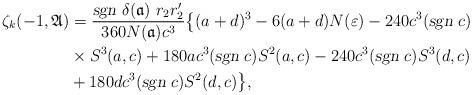
LaTeX: \begin{align*}\zeta_k(-1, \mathfrak{A})&=\frac{\textsl{sgn }\delta(\mathfrak{a})~r_2r_2'}{360N(\mathfrak{a})c^3}\big\{(a+d)^3-6(a+d)N(\varepsilon)-240c^3(\textsl{sgn } c)\\&\times S^3(a,c)+180ac^3(\textsl{sgn } c)S^2(a,c)-240c^3(\textsl{sgn } c)S^3(d,c)\\& +180dc^3(\textsl{sgn } c)S^2(d,c) \big\},\end{align*}